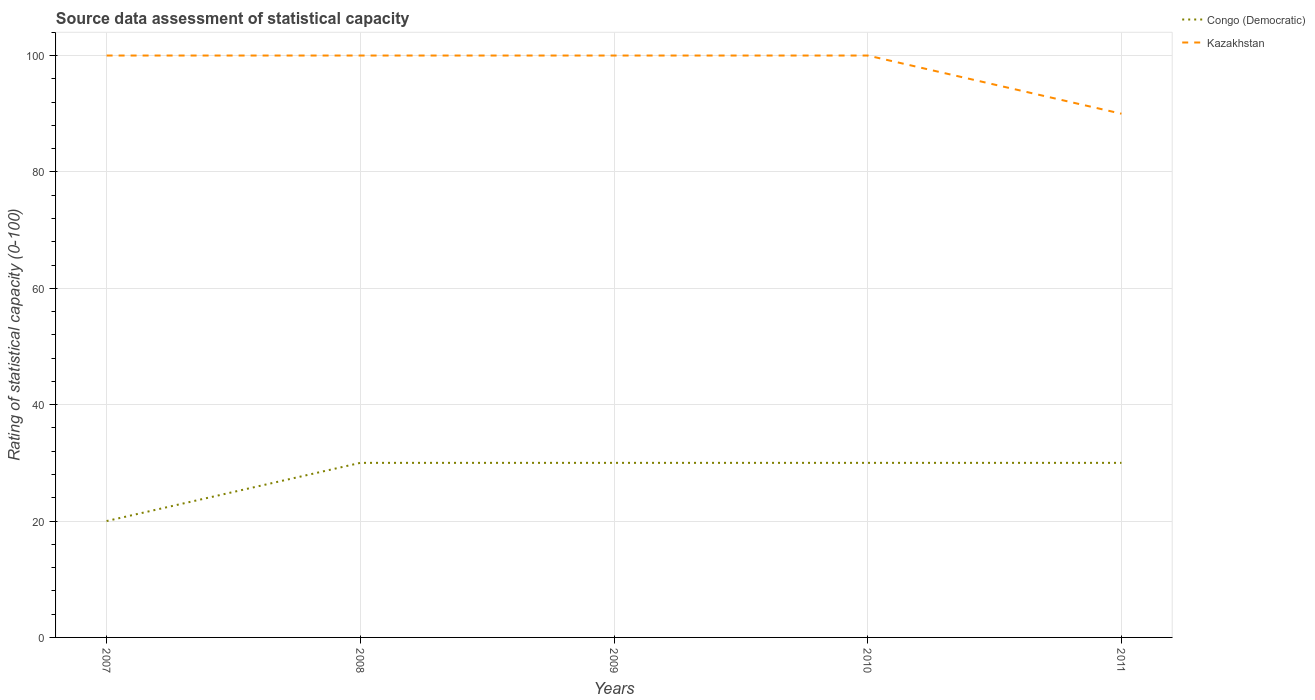
| Years | Congo (Democratic) | Kazakhstan |
 | --- | --- | --- |
 | 2007 | 20 | 100 |
 | 2008 | 30 | 100 |
 | 2009 | 30 | 100 |
 | 2010 | 30 | 100 |
 | 2011 | 30 | 90 |